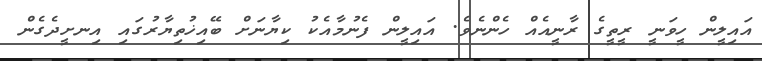
އައިލީން ހީވަނީީ ރީތީގެ ރާނީއެއް ހެންނެވެ. އައިލީން ފެނުމާއެކު ކިޔާނަށް ބޭއިޚުތިޔާރުގައި އިނށީދެގެން